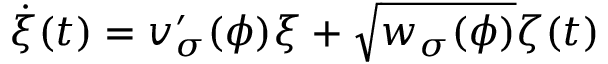
\dot { \xi } ( t ) = v _ { \sigma } ^ { \prime } ( \phi ) \xi + \sqrt { w _ { \sigma } ( \phi ) } \zeta ( t )